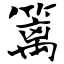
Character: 篱